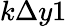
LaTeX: k\Delta y1